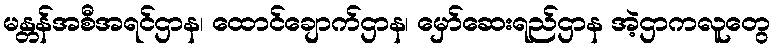
မန္တန်အစီအရင်ဌာန၊ ထောင်ချောက်ဌာန၊ မှော်ဆေးရည်ဌာန အဲ့ဌာကလူတွေ